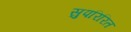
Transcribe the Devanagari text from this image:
सुपरिरित